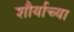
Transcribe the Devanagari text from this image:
शौर्याच्या